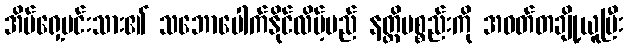
အိမ်ရှေ့မင်းသား၏ သဘောပေါက်နိုင်လိမ့်မည် နတ္ထိပစ္စည်းကို အဝတ်တချို့ယူပြီး